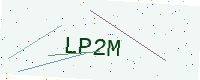
Text: LP2M